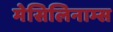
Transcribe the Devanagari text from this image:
मेसिलिनाम्स